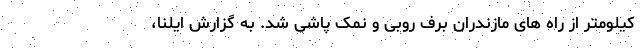
کیلومتر از راه های مازندران برف روبی و نمک پاشی شد. به گزارش ایلنا،